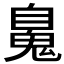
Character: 𩳈